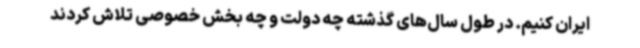
ایران کنیم. در طول سال‌های گذشته چه دولت و چه بخش خصوصی تلاش کردند